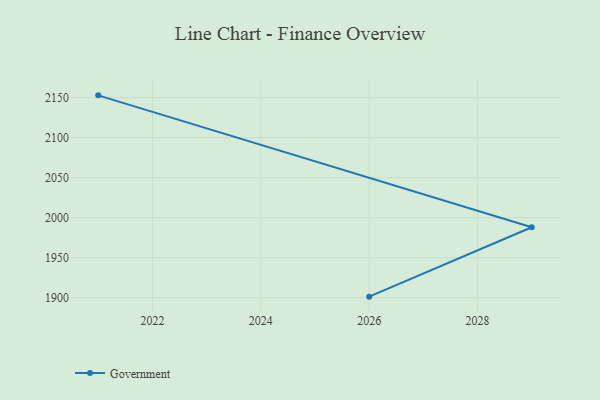
{"axis": {"x": "Year", "y": "Shipments"}, "legend": ["Government"], "data": [{"x": "2026", "y": 1901.3, "type": "Government"}, {"x": "2029", "y": 1988.0, "type": "Government"}, {"x": "2021", "y": 2152.9, "type": "Government"}]}